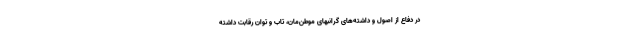
در دفاع از اصول و داشته‌های گرانبهای موطن‌مان، تاب و توان رقابت داشته